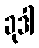
ခုဒါ